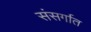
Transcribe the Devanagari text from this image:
संसर्गात